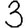
Digit: 3